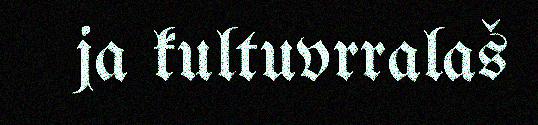
ja kultuvrralaš